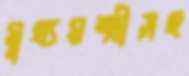
মুখ্যমন্ত্রীসহ